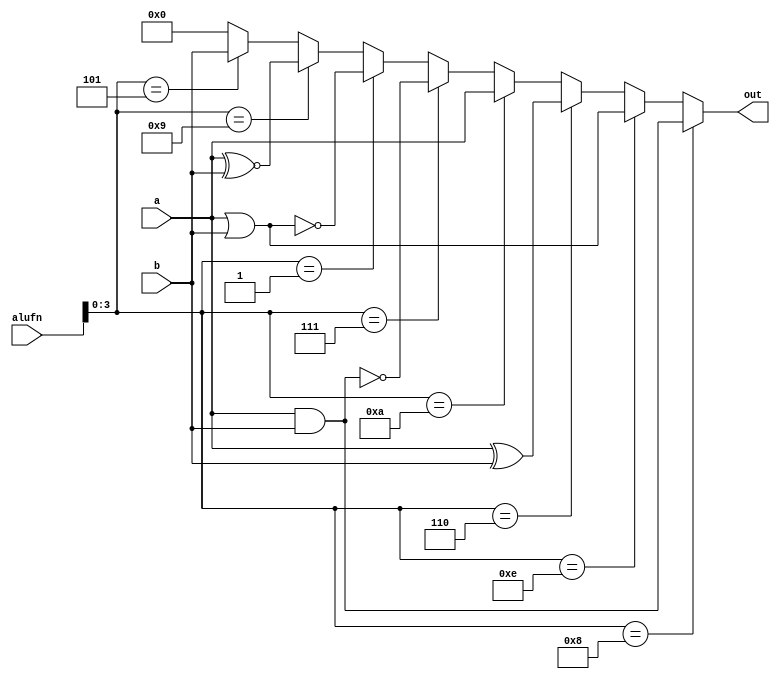
/*
   This file was generated automatically by the Mojo IDE version B1.3.6.
   Do not edit this file directly. Instead edit the original Lucid source.
   This is a temporary file and any changes made to it will be destroyed.
*/

module boolean_11 (
    input [15:0] a,
    input [15:0] b,
    input [6:0] alufn,
    output reg [15:0] out
  );
  
  
  
  always @* begin
    if (alufn[0+3-:4] == 4'h8) begin
      out = a & b;
    end else begin
      if (alufn[0+3-:4] == 4'he) begin
        out = a | b;
      end else begin
        if (alufn[0+3-:4] == 4'h6) begin
          out = a ^ b;
        end else begin
          if (alufn[0+3-:4] == 4'ha) begin
            out = a;
          end else begin
            if (alufn[0+3-:4] == 4'h7) begin
              out = ~(a & b);
            end else begin
              if (alufn[0+3-:4] == 4'h1) begin
                out = ~(a | b);
              end else begin
                if (alufn[0+3-:4] == 4'h9) begin
                  out = a ~^ b;
                end else begin
                  if (alufn[0+3-:4] == 4'h5) begin
                    out = b;
                  end else begin
                    out = 1'h0;
                  end
                end
              end
            end
          end
        end
      end
    end
  end
endmodule